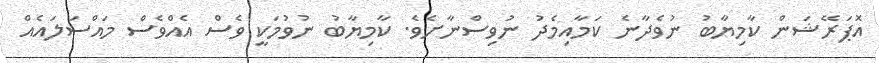
އޮޕަރޭޝަން ކާމިޔާބު ނުވެދާނެ ކަމާއިމެދު ނުވިސްނާށެވެ. ކާމިޔާބު ނުވުމަކީ ވެސް އެއްވެސް މައްސަލައެއް